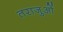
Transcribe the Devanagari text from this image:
तराजुओं